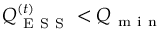
Q _ { \mathrm { ~ E ~ S ~ S ~ } } ^ { ( t ) } < Q _ { \mathrm { ~ m ~ i ~ n ~ } }